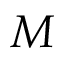
M